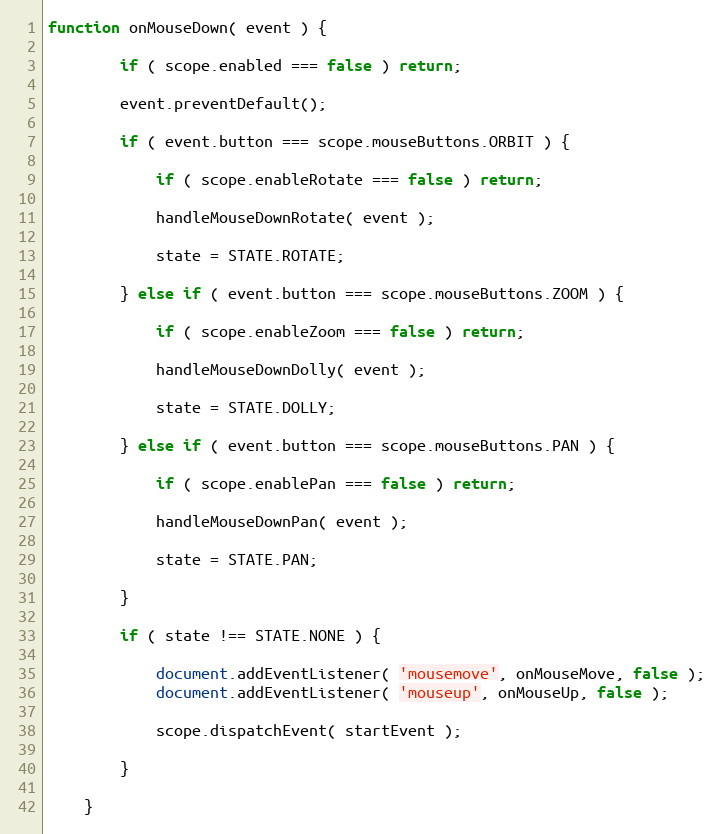
Language: JavaScript
function onMouseDown( event ) {

		if ( scope.enabled === false ) return;

		event.preventDefault();

		if ( event.button === scope.mouseButtons.ORBIT ) {

			if ( scope.enableRotate === false ) return;

			handleMouseDownRotate( event );

			state = STATE.ROTATE;

		} else if ( event.button === scope.mouseButtons.ZOOM ) {

			if ( scope.enableZoom === false ) return;

			handleMouseDownDolly( event );

			state = STATE.DOLLY;

		} else if ( event.button === scope.mouseButtons.PAN ) {

			if ( scope.enablePan === false ) return;

			handleMouseDownPan( event );

			state = STATE.PAN;

		}

		if ( state !== STATE.NONE ) {

			document.addEventListener( 'mousemove', onMouseMove, false );
			document.addEventListener( 'mouseup', onMouseUp, false );

			scope.dispatchEvent( startEvent );

		}

	}